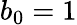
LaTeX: b_{0}=1